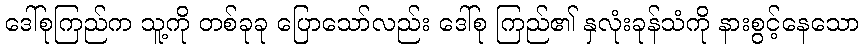
ဒေါ်စုကြည်က သူ့ကို တစ်ခုခု ပြောသော်လည်း ဒေါ်စု ကြည်၏ နှလုံးခုန်သံကို နားစွင့်နေသော